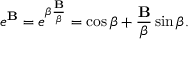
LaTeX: e ^ { \mathbf { B } } = e ^ { \beta { \frac { \mathbf { B } } { \beta } } } = \cos { \beta } + { \frac { \mathbf { B } } { \beta } } \sin { \beta } .